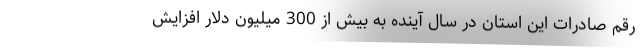
رقم صادرات این استان در سال آینده به بیش از 300 میلیون دلار افزایش